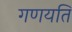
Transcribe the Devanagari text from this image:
गणयति